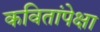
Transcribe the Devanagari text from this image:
कवितांपेक्षा